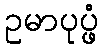
ဥမာပုပ္ဖံ